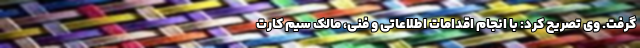
گرفت. وی تصریح کرد: با انجام اقدامات اطلاعاتی و فنی، مالک سیم کارت